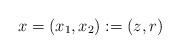
LaTeX: \begin{align*}x = (x_1,x_2) := (z,r)\,\end{align*}